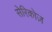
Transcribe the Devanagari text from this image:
सेरिकोज़